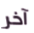
آخر